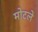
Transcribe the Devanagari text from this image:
मोटले